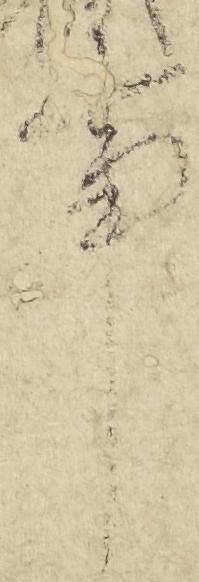
事